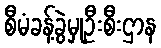
စီမံခန့်ခွဲမှုဦးစီးဌာန